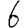
Digit: 6